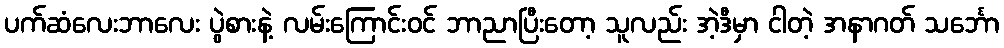
ပက်ဆံလေးဘာလေး ပွဲစားနဲ့ လမ်းကြောင်းဝင် ဘာညာပြီးတော့ သူလည်း အဲ့ဒီမှာ ငါတဲ့ အနာဂတ် သင်္ဘော